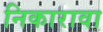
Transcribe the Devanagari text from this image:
निकारावा